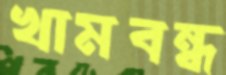
খামবন্ধ